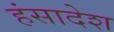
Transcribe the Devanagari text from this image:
हंसादेश